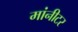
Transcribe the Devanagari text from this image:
मांनीटर